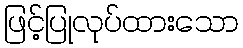
ဖြင့်ပြုလုပ်ထားသော